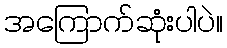
အကြောက်ဆုံးပါပဲ။